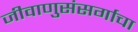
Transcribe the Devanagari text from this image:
जीवाणुसंसर्गाचा